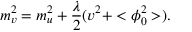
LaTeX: m _ { v } ^ { 2 } = m _ { u } ^ { 2 } + \frac { \lambda } { 2 } ( v ^ { 2 } + < \phi _ { 0 } ^ { 2 } > ) .